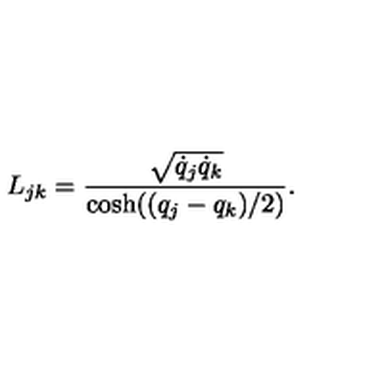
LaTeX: L _ { j k } = \frac { \sqrt { \dot { q } _ { j } \dot { q } _ { k } } } { \cosh ( ( q _ { j } - q _ { k } ) / 2 ) } .